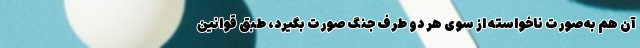
آن هم به‌صورت ناخواسته از سوی هر دو طرف جنگ صورت بگیرد، طبق قوانین